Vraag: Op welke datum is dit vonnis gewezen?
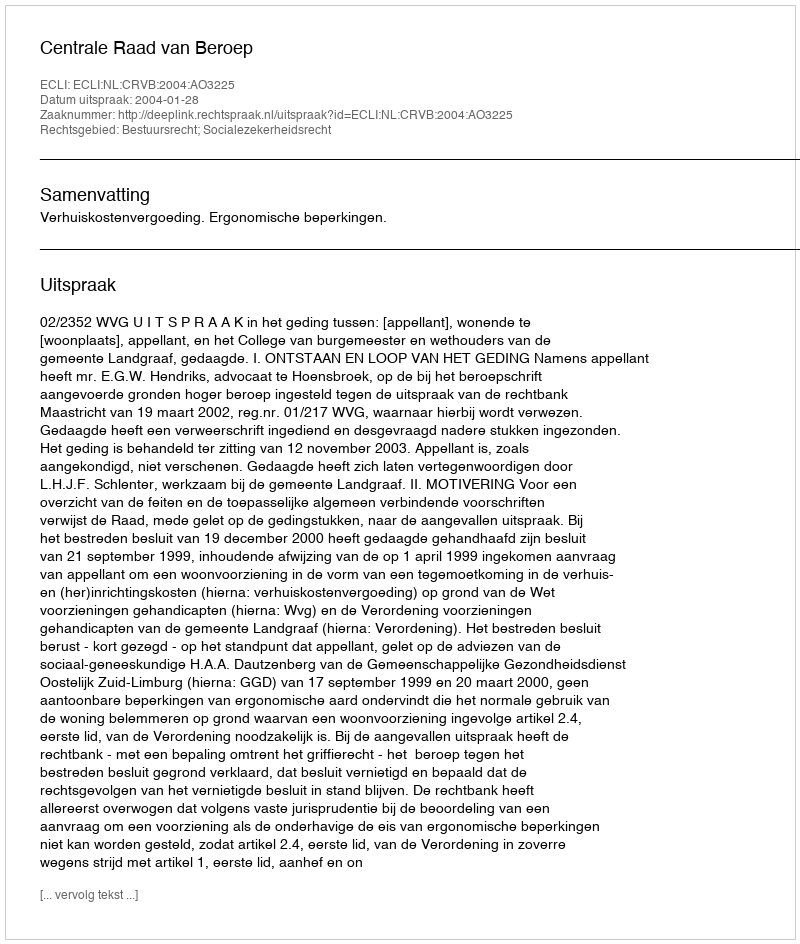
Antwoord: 2004-01-28